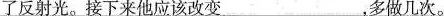
了反射光。接下来他应该改变___，多做几次。